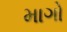
માગો